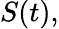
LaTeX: S(t),